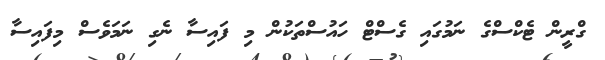
ގްރީން ޓެކްސްގެ ނަމުގައި ގެސްޓް ހައުސްތަކުން މި ފައިސާ ނެގި ނަމަވެސް މިފައިސާ